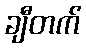
ချီတက်